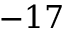
- 1 7